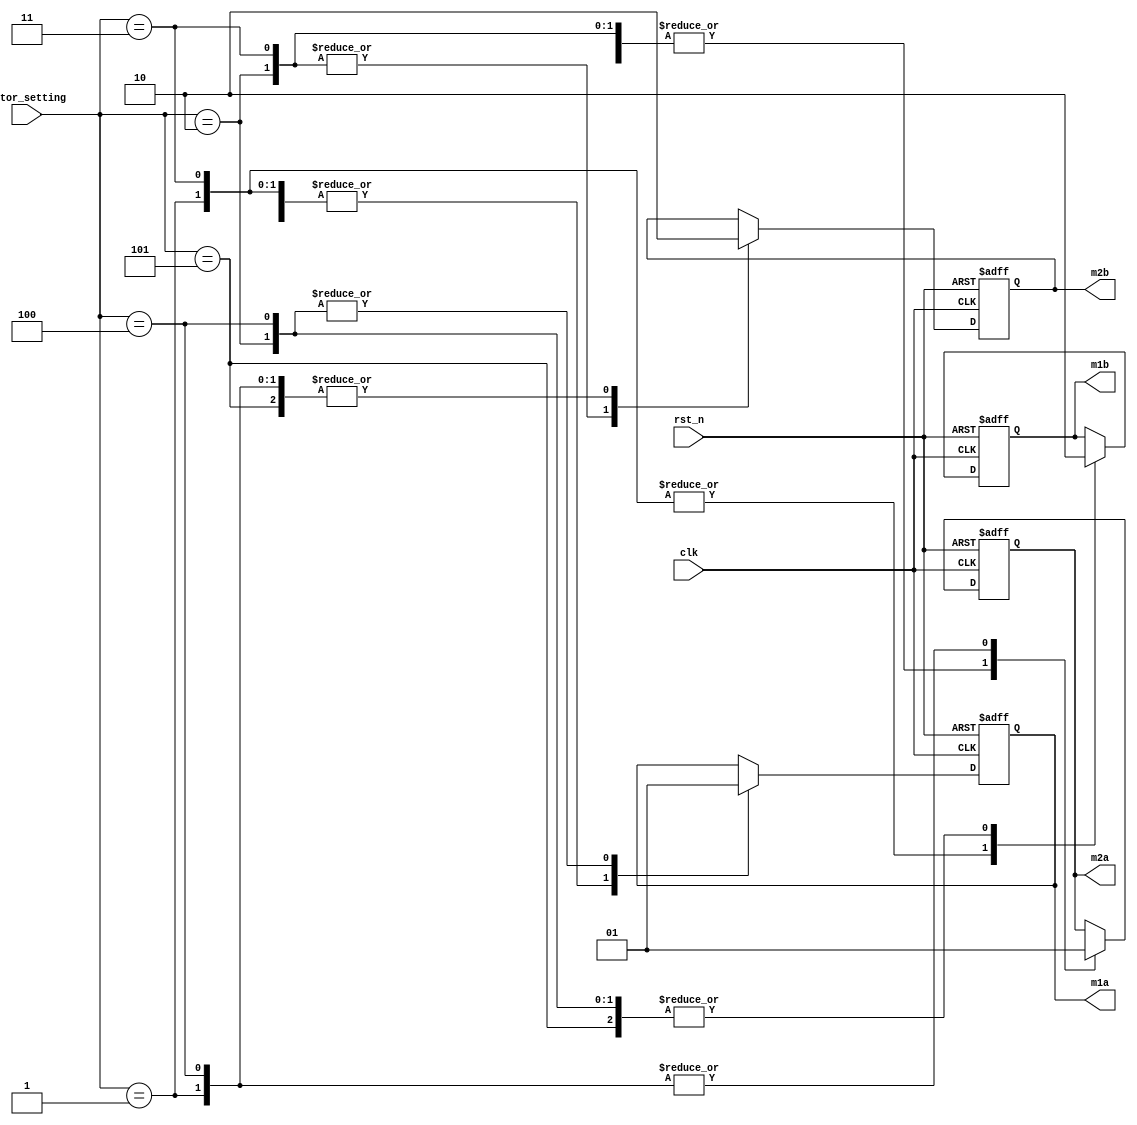
module motor(
					clk, //50MHz
					rst_n, //
					m1a, //1
					m1b, //1
					m2a, //2
					m2b, //2
					motor_setting //
				);

	input clk;
	input rst_n;
	input [7:0] motor_setting;
	
	output m1a;
	output m1b;
	output m2a;
	output m2b;
	
	wire clk;
	wire rst_n;
	wire [7:0] motor_setting;
	
	reg m1a;
	reg m1b;
	reg m2a;
	reg m2b;
	
	always@(posedge clk or negedge rst_n) begin
		if(!rst_n) begin
			m1a <= 0;
			m2a <= 0;
			m1b <= 0;
			m2b <= 0;
			end
		else begin
			case (motor_setting)
				8'd5: begin //
							m1a <= 0;
							m1b <= 0;
							m2a <= 0;
							m2b <= 0;
							end
				8'd1: begin //
							m1a <= 0;
							m1b <= 1;
							m2a <= 1;
							m2b <= 0;
							end
				8'd2: begin //
							m1a <= 1;
							m1b <= 0;
							m2a <= 0;
							m2b <= 1;
							end
				8'd3: begin //
							m1a <= 0;
							m1b <= 1;
							m2a <= 0;
							m2b <= 1;
							end
				8'd4: begin //
							m1a <= 1;
							m1b <= 0;
							m2a <= 1;
							m2b <= 0;
							end
				default:begin //
							m1a <= m1a;
							m1b <= m1b;
							m2a <= m2a;
							m2b <= m2b;
							end
						
			endcase
		end
			
	end
	
endmodule